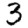
Digit: 3